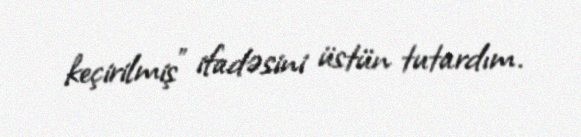
keçirilmiş” ifadəsini üstün tutardım.